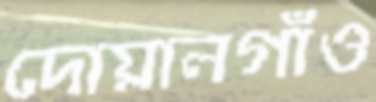
দোয়ালগাঁও